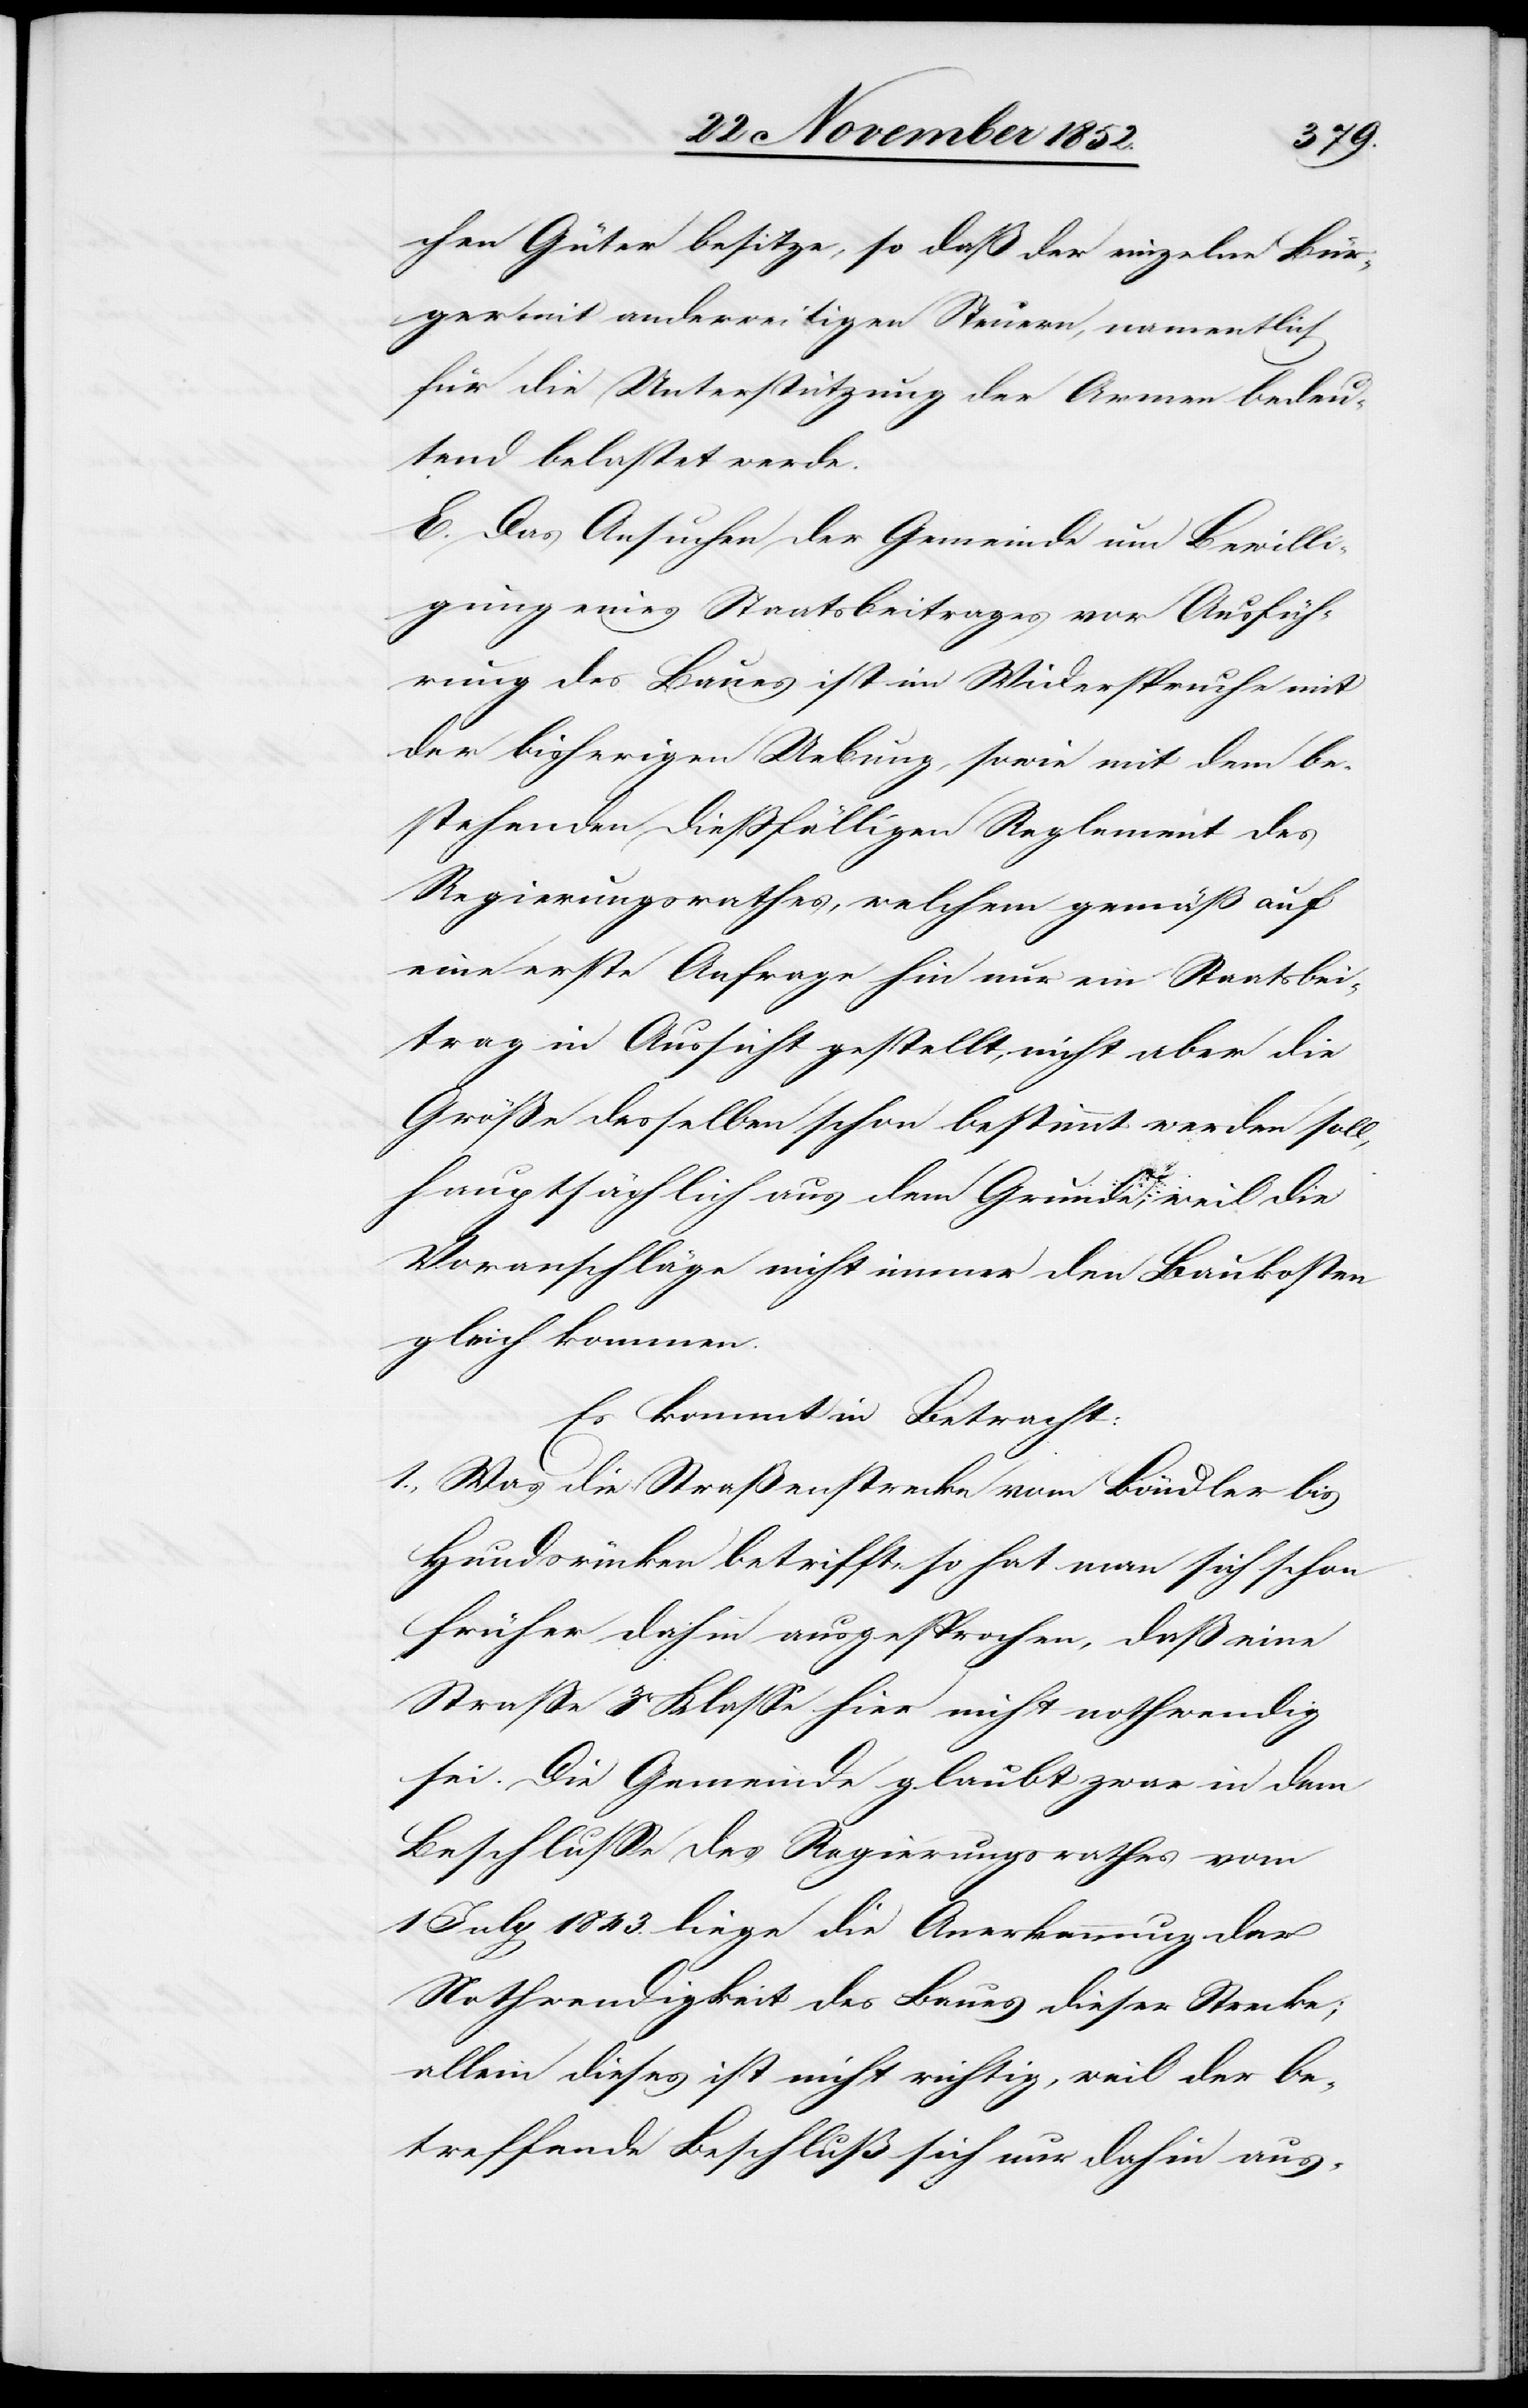
chen Güter besitze, so daß der einzelne Bür¬
ger mit anderweitigen Steuern, namentlich
für die Unterstützung der Armen bedeu¬
tend belastet werde.
E. Das Ansuchen der Gemeinde um Bewilli¬
gung eines Staatsbeitrages vor Ausfüh¬
rung des Baues ist im Widerspruche mit
der bisherigen Uebung, sowie mit dem be¬
stehenden dießfälligen Reglement des
Regierungsrathes, welchem gemäß auf
eine erste Anfrage hin nur ein Staatsbei¬
trag in Aussicht gestellt, nicht aber die
Größe desselben schon bestimmt werden soll,
hauptsächlich aus dem Grunde, weil die
Voranschläge nicht immer den Baukosten
gleich kommen.
Es kommt in Betracht:
1., Was die Straßenstrecke vom Böndler bis
Hundsrücken betrifft, so hat man sich schon
früher dahin ausgesprochen, daß eine
Straße 3r Klasse hier nicht nothwendig
sei. Die Gemeinde glaubt zwar in dem
Beschlusse des Regierungsrathes vom
1 July 1843. liege die Anerkennung der
Nothwendigkeit des Baues dieser Strecke;
allein dieses ist nicht richtig, weil der be¬
treffende Beschluß sich nur dahin aus-